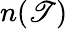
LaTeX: n(\mathscr{T})